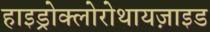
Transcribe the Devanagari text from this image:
हाइड्रोक्लोरोथायज़ाइड